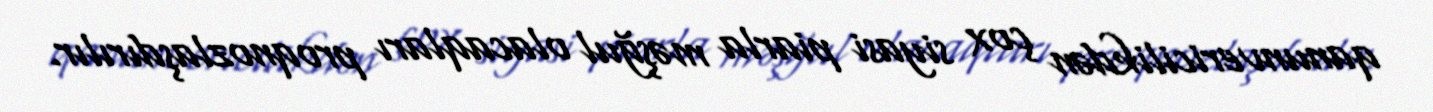
qanunvericilikdən çox siyasi piarla məşğul olacaqları proqnozlaşdırılır.